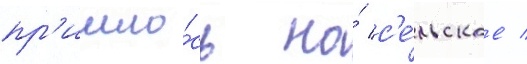
пр'ишло́сь на́ с'е́льское /